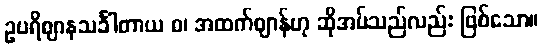
ဥပရိဈာနသင်္ခါတာယ စ၊ အထက်ဈာန်ဟု ဆိုအပ်သည်လည်း ဖြစ်သော။